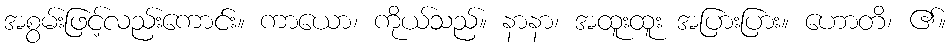
အစွမ်းဖြင့်လည်းကောင်း။ ကာယော၊ ကိုယ်သည်။ နာနာ၊ အထူးထူး အပြားပြား။ ဟောတိ၊ ၏။